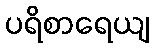
ပရိစာရေယျ